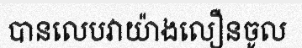
បានលេបវាយ៉ាងលឿនចូល